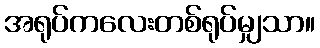
အရုပ်ကလေးတစ်ရုပ်မျှသာ။